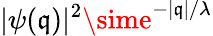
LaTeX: |\psi(\mathfrak{q})|^{2}\sime^{-|\mathfrak{q}|/\lambda}